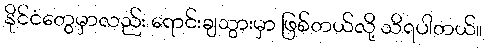
နိုင်ငံတွေမှာလည်း ရောင်းချသွားမှာ ဖြစ်တယ်လို့ သိရပါတယ်။